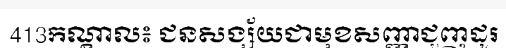
413កណ្តាល៖ ជនសង្ស័យជាមុខសញ្ញាជួញដូរ